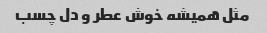
مثل همیشه خوش عطر و دل چسب